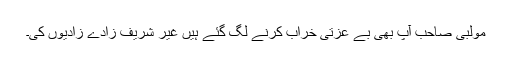
مولبی صاحب آپ بھی بے عزتی خراب کرنے لگ گئے ہیں غیر شریف زادے زادیوں کی۔